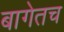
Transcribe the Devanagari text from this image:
बागेतच